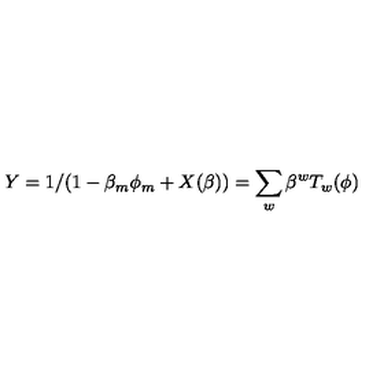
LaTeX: Y = 1 / ( 1 - \beta _ { m } \phi _ { m } + X ( \beta ) ) = \sum _ { w } \beta ^ { w } T _ { w } ( \phi )